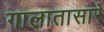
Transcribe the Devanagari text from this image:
गालातासारे